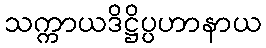
သက္ကာယဒိဋ္ဌိပ္ပဟာနာယ